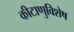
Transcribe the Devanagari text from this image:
कीटाणुविशेष